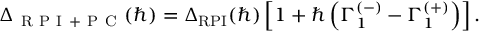
\Delta _ { \mathrm { ~ R ~ P ~ I ~ + ~ P ~ C ~ } } ( \hbar ) = \Delta _ { \mathrm { R P I } } ( \hbar ) \left[ 1 + \hbar \left( \Gamma _ { 1 } ^ { ( - ) } - \Gamma _ { 1 } ^ { ( + ) } \right) \right] .